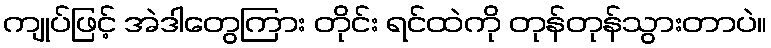
ကျုပ်ဖြင့် အဲဒါတွေကြား တိုင်း ရင်ထဲကို တုန်တုန်သွားတာပဲ။